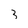
Character: 3